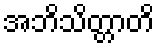
အဘိသိတ္တာတိ